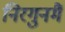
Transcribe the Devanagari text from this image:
निरगुनमैं